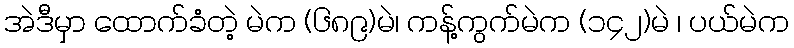
အဲဒီမှာ ထောက်ခံတဲ့ မဲက (၆၈၉)မဲ၊ ကန့်ကွက်မဲက (၁၄၂)မဲ ၊ ပယ်မဲက